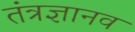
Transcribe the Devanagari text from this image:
तंत्रज्ञानव